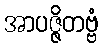
အာပဇ္ဇိတဗ္ဗံ